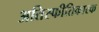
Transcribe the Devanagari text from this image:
अतिस्फीतिकारक